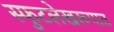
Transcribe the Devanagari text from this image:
स्फुटलेखरूपात